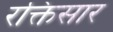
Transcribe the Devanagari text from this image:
रक्तिसार